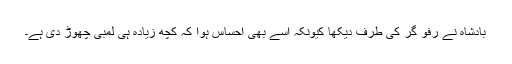
بادشاہ نے رفو گر کی طرف دیکھا کیونکہ اسے بھی احساس ہوا کہ کچھ زیادہ ہی لمبی چھوڑ دی ہے۔